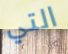
التي